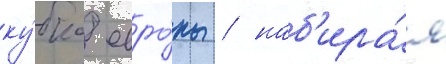
ку́бка евро́пы / наб'ира́я